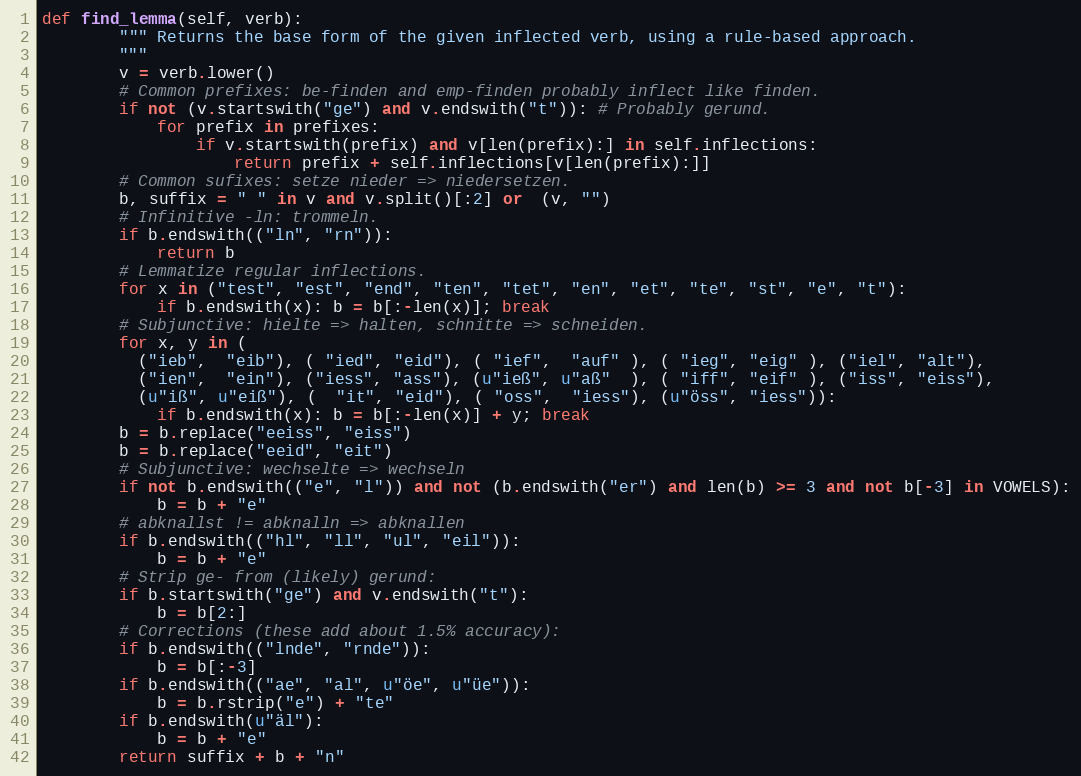
Language: Python
def find_lemma(self, verb):
        """ Returns the base form of the given inflected verb, using a rule-based approach.
        """
        v = verb.lower()
        # Common prefixes: be-finden and emp-finden probably inflect like finden.
        if not (v.startswith("ge") and v.endswith("t")): # Probably gerund.
            for prefix in prefixes:
                if v.startswith(prefix) and v[len(prefix):] in self.inflections:
                    return prefix + self.inflections[v[len(prefix):]]
        # Common sufixes: setze nieder => niedersetzen.
        b, suffix = " " in v and v.split()[:2] or  (v, "")
        # Infinitive -ln: trommeln.
        if b.endswith(("ln", "rn")):
            return b
        # Lemmatize regular inflections.
        for x in ("test", "est", "end", "ten", "tet", "en", "et", "te", "st", "e", "t"):
            if b.endswith(x): b = b[:-len(x)]; break
        # Subjunctive: hielte => halten, schnitte => schneiden.
        for x, y in (
          ("ieb",  "eib"), ( "ied", "eid"), ( "ief",  "auf" ), ( "ieg", "eig" ), ("iel", "alt"),
          ("ien",  "ein"), ("iess", "ass"), (u"ieß", u"aß"  ), ( "iff", "eif" ), ("iss", "eiss"),
          (u"iß", u"eiß"), (  "it", "eid"), ( "oss",  "iess"), (u"öss", "iess")):
            if b.endswith(x): b = b[:-len(x)] + y; break
        b = b.replace("eeiss", "eiss")
        b = b.replace("eeid", "eit")
        # Subjunctive: wechselte => wechseln
        if not b.endswith(("e", "l")) and not (b.endswith("er") and len(b) >= 3 and not b[-3] in VOWELS):
            b = b + "e"
        # abknallst != abknalln => abknallen
        if b.endswith(("hl", "ll", "ul", "eil")):
            b = b + "e"
        # Strip ge- from (likely) gerund:
        if b.startswith("ge") and v.endswith("t"):
            b = b[2:]
        # Corrections (these add about 1.5% accuracy):
        if b.endswith(("lnde", "rnde")):
            b = b[:-3]
        if b.endswith(("ae", "al", u"öe", u"üe")):
            b = b.rstrip("e") + "te"
        if b.endswith(u"äl"):
            b = b + "e"
        return suffix + b + "n"